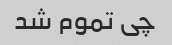
چی تموم شد